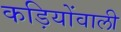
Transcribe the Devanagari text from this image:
कड़ियोंवाली